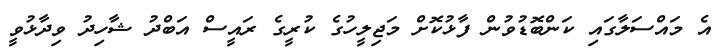
އެ މައްސަލާގައި ކަންބޮޑުވުން ފާޅުކޮށް މަޖިލީހުގެ ކުރީގެ ރައީސް އަބްދު ޝާހިދު ވިދާޅުވީ